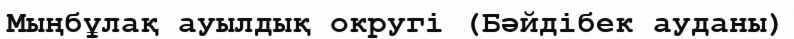
Мыңбұлақ ауылдық округі (Бәйдібек ауданы)